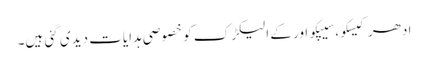
ادھر کیسکو، سیپکو اور کے الیکڑک کو خصوصی ہدایات دیدی گئی ہیں۔